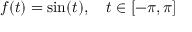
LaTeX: f ( t ) = \sin ( t ) , \quad t \in [ - \pi , \pi ]